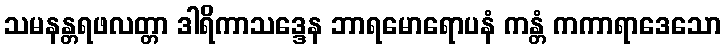
သမနန္တရဖလတ္တာ ဒါရိကာသဒ္ဒေန ဘာရမောရောပနံ ကန္တံ ကကာရာဒေသော